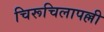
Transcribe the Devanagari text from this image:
चिरूचिलापल्ली